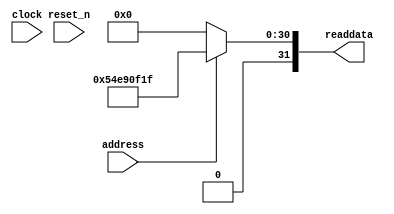
module video_sys_sysid_qsys_0 (
               // inputs:
                address,
                clock,
                reset_n,

               // outputs:
                readdata
             )
;

  output  [ 31: 0] readdata;
  input            address;
  input            clock;
  input            reset_n;

  wire    [ 31: 0] readdata;
  //control_slave, which is an e_avalon_slave
  assign readdata = address ? 1424559903 : 0;

endmodule